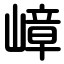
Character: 嶂